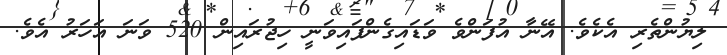
ލިޔުންތެރި އެކެވެ. އޭނާ އުފަންވެ ވަޑައިގެންފައިވަނީ ހިޖުރައިން 520 ވަނަ އަހަރު އެވެ.